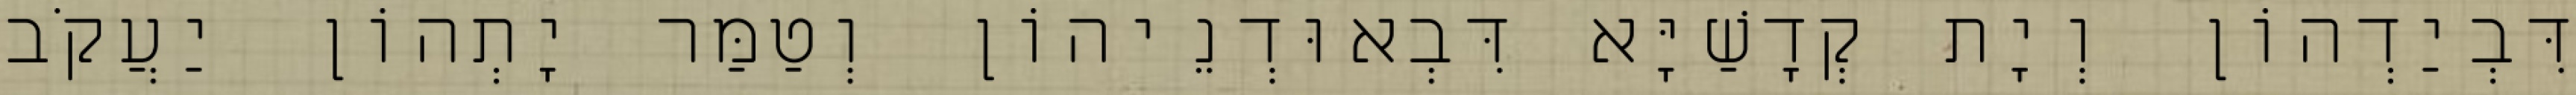
דִּבְיַדְהוֹן וְיָת קְדָשַׁיָּא דִּבְאוּדְנֵיהוֹן וְטַמַּר יָתְהוֹן יַעֲקֹב